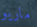
ماريو